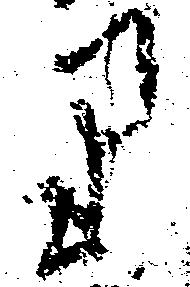
り